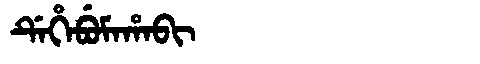
Manchu: ᡩᡝᡥᡝᠪᡠᠮᠠᡥᠠᠪᡳ
Romanization: DEHEBUMAHABI